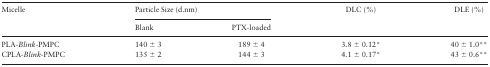
<table><thead><tr><td rowspan="2"><b>Micelle</b></td><td colspan="2"><b>Particle Size (d.nm)</b></td><td rowspan="2"><b>DLC (%)</b></td><td rowspan="2"><b>DLE (%)</b></td></tr><tr><td><b>Blank</b></td><td><b>PTX-loaded</b></td></tr></thead><tbody><tr><td>PLA-<i>Blink</i>-PMPC</td><td>140 ± 3</td><td>189 ± 4</td><td>3.8 ± 0.12*</td><td>40 ± 1.0**</td></tr><tr><td>CPLA-<i>Blink</i>-PMPC</td><td>135 ± 2</td><td>144 ± 3</td><td>4.1 ± 0.17*</td><td>43 ± 0.6**</td></tr></tbody></table>